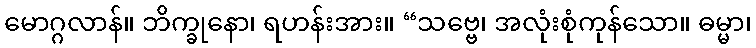
မောဂ္ဂလာန်။ ဘိက္ခုနော၊ ရဟန်းအား။ “သဗ္ဗေ၊ အလုံးစုံကုန်သော။ ဓမ္မာ၊